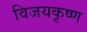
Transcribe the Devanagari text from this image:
विजयकृष्ण